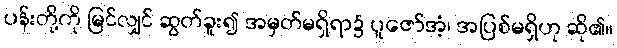
ပန်းတို့ကို မြင်လျှင် ဆွတ်ခူး၍ အမှတ်မရှိရာ၌ ပူဇော်အံ့၊ အပြစ်မရှိဟု ဆို၏။